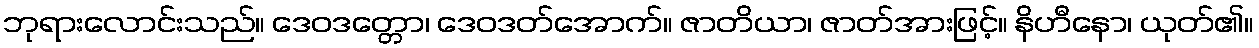
ဘုရားလောင်းသည်။ ဒေဝဒတ္တော၊ ဒေဝဒတ်အောက်။ ဇာတိယာ၊ ဇာတ်အားဖြင့်။ နိဟီနော၊ ယုတ်၏။